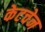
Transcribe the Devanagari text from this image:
केटचेन